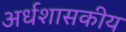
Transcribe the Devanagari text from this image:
अर्धशासकीय